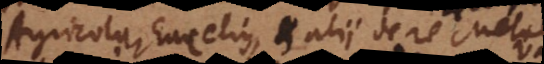
Agricola, Deucerius et alii de re